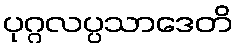
ပုဂ္ဂလပ္ပသာဒေတိ